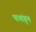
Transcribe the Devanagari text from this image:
पाचांहून